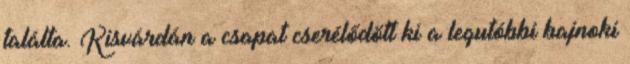
találta. Kisvárdán a csapat cserélődött ki a legutóbbi bajnoki